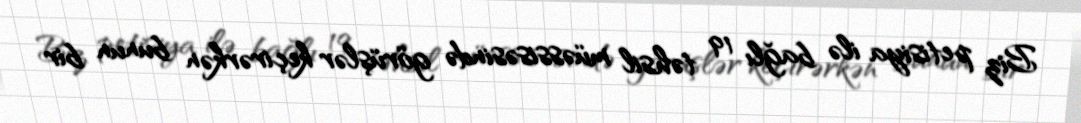
Biz petisiya ilə bağlı 19 təhsil müəssisəsində görüşlər keçirərkən bunun bir